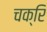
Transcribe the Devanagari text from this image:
चक्रि